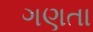
ગણતા